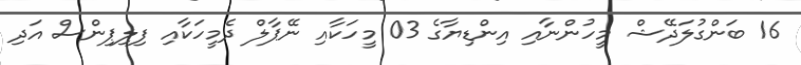
16 ބަންގުލަދޭޝް މީހުންނާއި އިންޑިޔާގެ 03 މީހަކާއި ނޭޕާލް ދެމީހަކާއި ފިލިޕިންސް އަދި